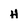
Character: H